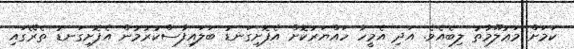
ކަމަށް މަޢުލޫމާތު ލިބެއެވެ. އަދި އެމީހާ ހައްޔަރުކޮށް އެފޮށިގަނޑު ބަލައިފާސްކުރުމުން އެފޮށިގަނޑު ތެރޭގައި